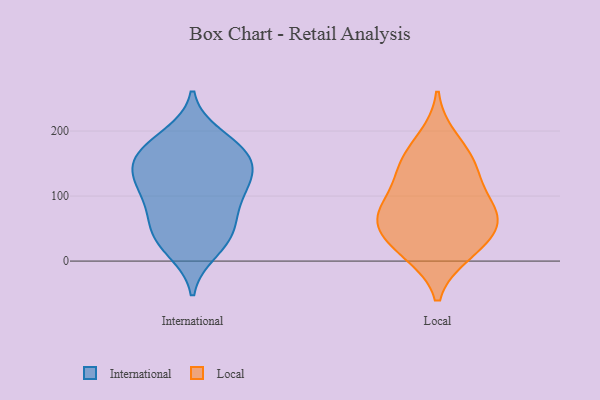
{"axis": {"x": "Bounce Rate (%)", "y": "Value"}, "legend": ["International", "Local"], "data": [{"x": "", "y": 39, "type": "International"}, {"x": "", "y": 96, "type": "International"}, {"x": "", "y": 120, "type": "International"}, {"x": "", "y": 30, "type": "International"}, {"x": "", "y": 63, "type": "International"}, {"x": "", "y": 116, "type": "International"}, {"x": "", "y": 192, "type": "International"}, {"x": "", "y": 179, "type": "International"}, {"x": "", "y": 16, "type": "International"}, {"x": "", "y": 136, "type": "International"}, {"x": "", "y": 165, "type": "International"}, {"x": "", "y": 147, "type": "International"}, {"x": "", "y": 53, "type": "International"}, {"x": "", "y": 150, "type": "International"}, {"x": "", "y": 96, "type": "International"}, {"x": "", "y": 168, "type": "International"}, {"x": "", "y": 50, "type": "Local"}, {"x": "", "y": 36, "type": "Local"}, {"x": "", "y": 12, "type": "Local"}, {"x": "", "y": 78, "type": "Local"}, {"x": "", "y": 59, "type": "Local"}, {"x": "", "y": 138, "type": "Local"}, {"x": "", "y": 76, "type": "Local"}, {"x": "", "y": 157, "type": "Local"}, {"x": "", "y": 106, "type": "Local"}, {"x": "", "y": 72, "type": "Local"}, {"x": "", "y": 11, "type": "Local"}, {"x": "", "y": 189, "type": "Local"}, {"x": "", "y": 144, "type": "Local"}]}